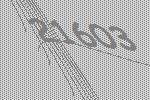
21603